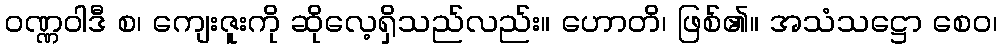
ဝဏ္ဏဝါဒီ စ၊ ကျေးဇူးကို ဆိုလေ့ရှိသည်လည်း။ ဟောတိ၊ ဖြစ်၏။ အသံသဋ္ဌော စေဝ၊